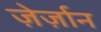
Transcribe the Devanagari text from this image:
ज़ेर्ज़ान